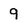
Character: q